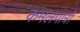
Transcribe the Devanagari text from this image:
कमलपात्रों